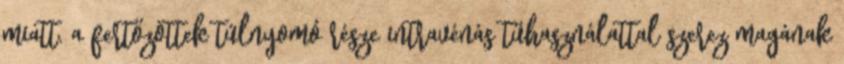
miatt. a fertőzöttek túlnyomó része intravénás tűhasználattal szerez magának